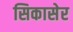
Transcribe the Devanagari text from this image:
सिकासेर